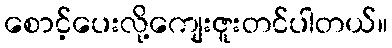
စောင့်ပေးလို့ကျေးဇူးတင်ပါတယ်။